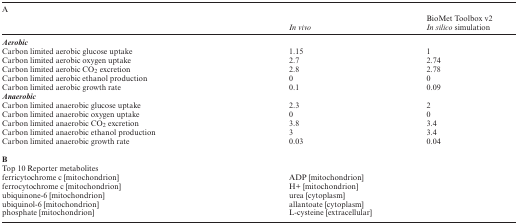
<table><thead><tr><td colspan="3"><b>A</b></td></tr><tr><td></td><td></td><td><b>BioMet Toolbox v2</b></td></tr><tr><td></td><td><b><i>In vivo</i></b></td><td><b><i>In silico</i> simulation</b></td></tr></thead><tbody><tr><td><b><i>Aerobic</i></b></td><td></td><td></td></tr><tr><td>Carbon limited aerobic glucose uptake</td><td>1.15</td><td>1</td></tr><tr><td>Carbon limited aerobic oxygen uptake</td><td>2.7</td><td>2.74</td></tr><tr><td>Carbon limited aerobic CO<sub>2</sub> excretion</td><td>2.8</td><td>2.78</td></tr><tr><td>Carbon limited aerobic ethanol production</td><td>0</td><td>0</td></tr><tr><td>Carbon limited aerobic growth rate</td><td>0.1</td><td>0.09</td></tr><tr><td><b><i>Anaerobic</i></b></td><td></td><td></td></tr><tr><td>Carbon limited anaerobic glucose uptake</td><td>2.3</td><td>2</td></tr><tr><td>Carbon limited anaerobic oxygen uptake</td><td>0</td><td>0</td></tr><tr><td>Carbon limited anaerobic CO<sub>2</sub> excretion</td><td>3.8</td><td>3.4</td></tr><tr><td>Carbon limited anaerobic ethanol production</td><td>3</td><td>3.4</td></tr><tr><td>Carbon limited anaerobic growth rate</td><td>0.03</td><td>0.04</td></tr><tr><td colspan="3"><b>B</b></td><td></td><td></td></tr><tr><td>Top 10 Reporter metabolites</td><td></td><td></td></tr><tr><td>ferricytochrome c [mitochondrion]</td><td>ADP [mitochondrion]</td><td></td></tr><tr><td>ferrocytochrome c [mitochondrion]</td><td>H+ [mitochondrion]</td><td></td></tr><tr><td>ubiquinone-6 [mitochondrion]</td><td>urea [cytoplasm]</td><td></td></tr><tr><td>ubiquinol-6 [mitochondrion]</td><td>allantoate [cytoplasm]</td><td></td></tr><tr><td>phosphate [mitochondrion]</td><td>L-cysteine [extracellular]</td><td></td></tr></tbody></table>